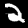
Label: 2